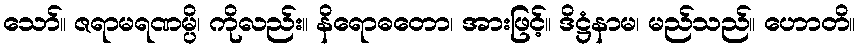
သော်။ ဇရာမရဏမ္ပိ၊ ကိုလည်း။ နိရောဓတော၊ အားဖြင့်။ ဒိဋ္ဌံနာမ၊ မည်သည်။ ဟောတိ။